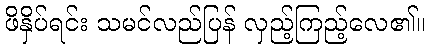
ဖိနှိပ်ရင်း သမင်လည်ပြန် လှည့်ကြည့်လေ၏။